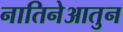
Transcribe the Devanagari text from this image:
नातिनेआतुन